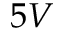
5 V